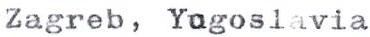
Zagreb, Yagoslavia